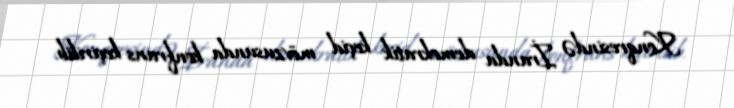
Konqresində İranda demokratik keçid mövzusunda konfrans keçirilib.